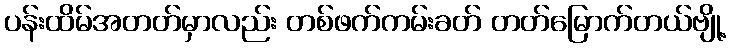
ပန်းထိမ်အတတ်မှာလည်း တစ်ဖက်ကမ်းခတ် တတ်မြောက်တယ်ဗျို့